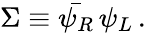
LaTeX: \Sigma\equiv\bar{\psi_{R}}\, \psi_{L}\, .